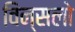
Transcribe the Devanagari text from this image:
विन्सलो